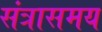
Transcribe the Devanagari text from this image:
संत्रासमय